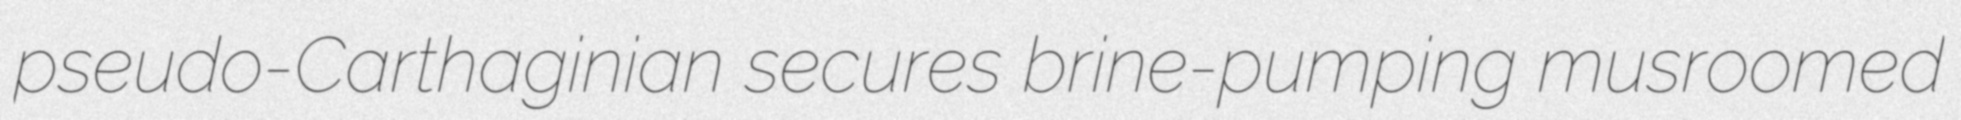
pseudo-Carthaginian secures brine-pumping musroomed